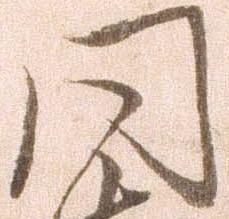
同